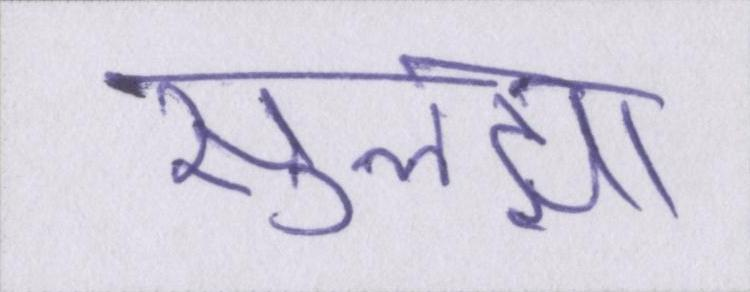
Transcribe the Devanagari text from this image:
सुलझा